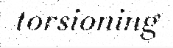
torsioning